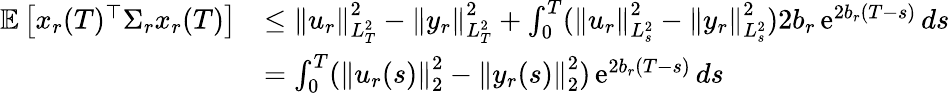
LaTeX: \begin{array}{rl}{\mathbb E\left[x_{r}(T)^{\top}\Sigma_{r}x_{r}(T)\right]}&{\leq\left\| u_{r}\right\| _{L_{T}^{2}}^{2}-\left\| y_{r}\right\| _{L_{T}^{2}}^{2}+\int_{0}^{T}(\left\| u_{r}\right\| _{L_{s}^{2}}^{2}-\left\| y_{r}\right\| _{L_{s}^{2}}^{2})2b_{r}\operatorname{e}^{2b_{r}(T-s)}ds}\\ &{=\int_{0}^{T}(\left\| u_{r}(s)\right\| _{2}^{2}-\left\| y_{r}(s)\right\| _{2}^{2})\operatorname{e}^{2b_{r}(T-s)}ds}\end{array}